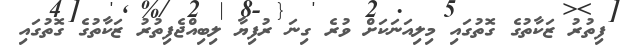
ފިތުރު ޒަކާތުގެ ގޮތުގައި މިލިއަނަކަށް ވުރެ ގިނަ ރުފިޔާ ލިބިއްޖެފިތުރު ޒަކާތުގެ ގޮތުގައި